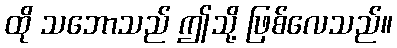
ထို သဘောသည် ဤသို့ ဖြစ်လေသည်။